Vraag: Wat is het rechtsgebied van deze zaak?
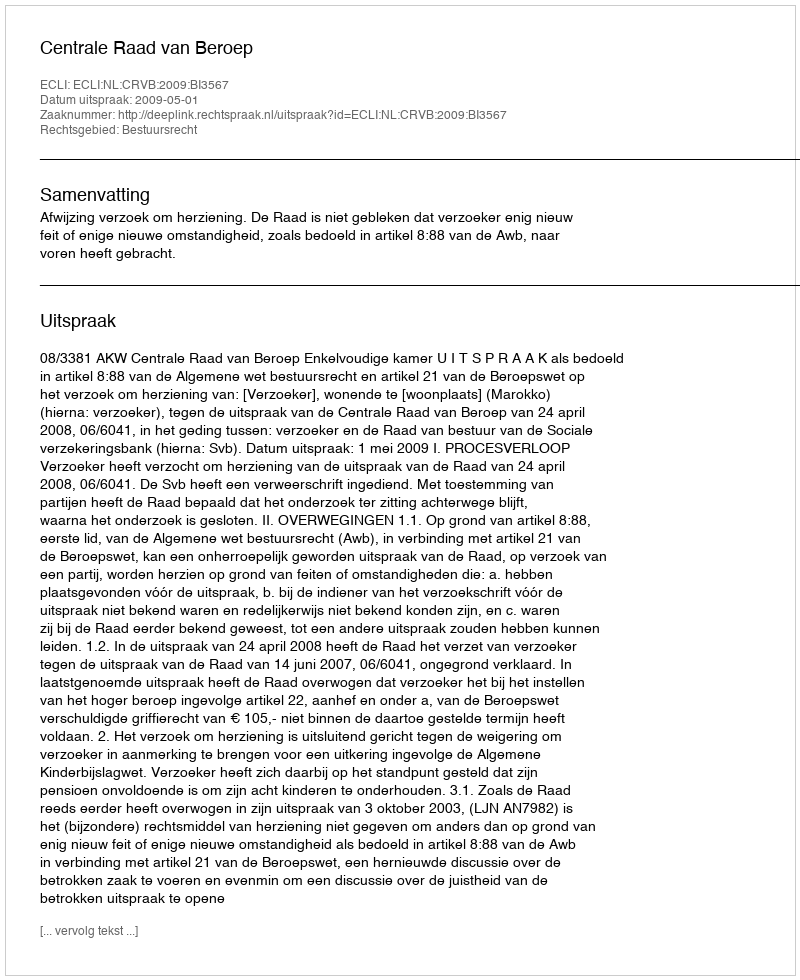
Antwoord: Bestuursrecht